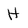
Character: H